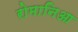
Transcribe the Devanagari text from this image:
रोमानिआ